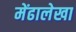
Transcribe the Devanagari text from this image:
मेंढालेखा